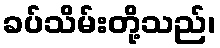
ခပ်သိမ်းတို့သည်၊